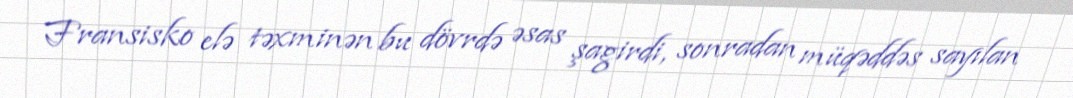
Fransisko elə təxminən bu dövrdə əsas şagirdi, sonradan müqəddəs sayılan